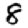
Digit: 8